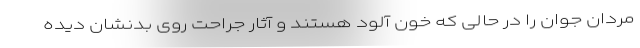
مردان جوان را در حالی که خون آلود هستند و آثار جراحت روی بدنشان دیده